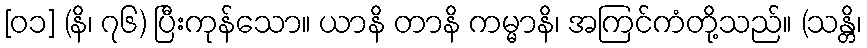
[၀၁] (နိ၊ ၇၆) ပြီးကုန်သော။ ယာနိ တာနိ ကမ္မာနိ၊ အကြင်ကံတို့သည်။ (သန္တိ၊